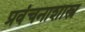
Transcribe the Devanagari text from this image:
प्रवंचनाशास्त्र